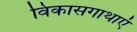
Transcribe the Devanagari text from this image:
विकासगाथाएं